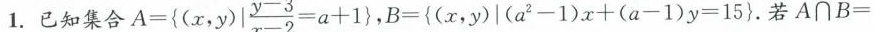
1.已知集合$$A= \left\{(x,y)| \frac{y-3}{x-2}=a+1\right\} a+1}$$，B={(x，y)|(a-1)x+(a-1)y=15}。若A∩B=